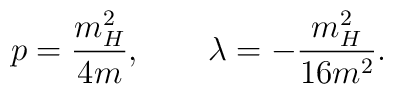
p=\frac{m_H^2}{4m},\quad\quad\lambda=-\frac{m_H^2}{16m^2}.